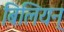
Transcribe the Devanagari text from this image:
बिलियन्